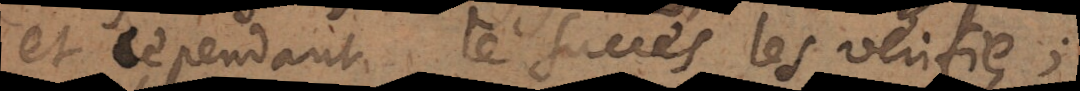
et cependant le succès les vérifie;